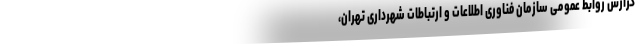
گزارش روابط عمومی سازمان فناوری اطلاعات و ارتباطات شهرداری تهران،